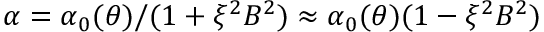
\alpha = \alpha _ { 0 } ( \theta ) / ( 1 + \xi ^ { 2 } B ^ { 2 } ) \approx \alpha _ { 0 } ( \theta ) ( 1 - \xi ^ { 2 } B ^ { 2 } )